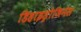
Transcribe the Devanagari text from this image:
डिहाइड्रोजिनेस